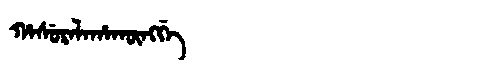
Manchu: ᡥᠠᠰᡠᡵᠠᠯᠠᡥᠠᡴᡡᠩᡤᡝ
Romanization: HASURALAHAKŪNGGE